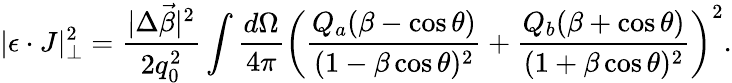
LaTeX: |\epsilon\cdot J|_{\bot}^{2}={\frac{|\Delta\vec{\beta}|^{2}}{2q_{0}^{2}}}\int{\frac{d\Omega}{4\pi}}\left({\frac{Q_{a}(\beta-\cos\theta)}{(1-\beta\cos\theta)^{2}}}+{\frac{Q_{b}(\beta+\cos\theta)}{(1+\beta\cos\theta)^{2}}}\right)^{2}.